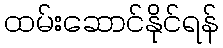
ထမ်းဆောင်နိုင်ရန်